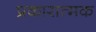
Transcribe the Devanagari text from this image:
प्रकारात्मक